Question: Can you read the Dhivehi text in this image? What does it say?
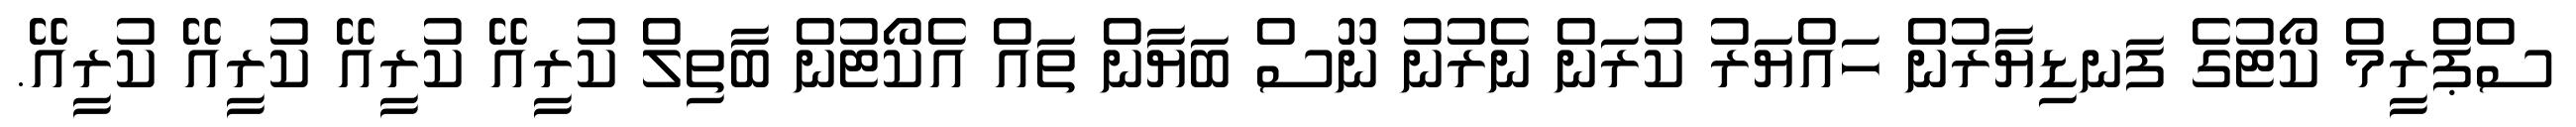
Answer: ސްޕްރީމް ކޯޓުގެ ފަނޑިޔާރުން ހައްޔަރު ކުރަން ނެރުނު ނޫސް ބަޔާން ތައް އެކޯޓުން ބާތިލް ކުރީއޭ ކުރީއޭ ކުރީއޭ ކުރީއޭ.